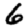
Digit: 6